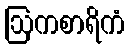
ဩကစာရိကံ